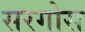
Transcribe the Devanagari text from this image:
सरगोस